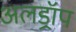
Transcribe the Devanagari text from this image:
अलड्रॉप